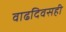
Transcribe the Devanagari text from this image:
वाढदिवसही